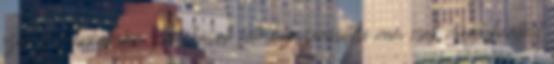
ezer új munkahely: A lakások fűtéskorszerűsítése nem csak megtakarítást